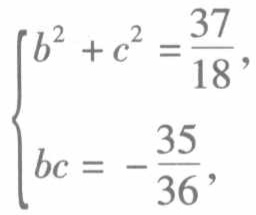
$\begin{cases}
b^{2}+c^{2}=\frac{37}{18},\\
bc = -\frac{35}{36},
\end{cases}$